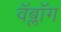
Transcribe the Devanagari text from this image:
वॅब्लॉग